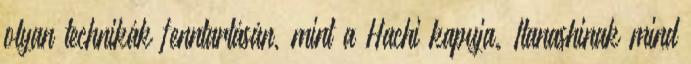
olyan technikák fenntartásán, mint a Hachi kapuja. Itanashinak mind